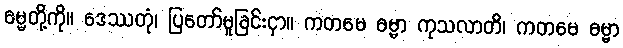
ဓမ္မတို့ကို။ ဒေဿတုံ၊ ပြတော်မူခြင်းငှာ။ ကတမေ ဓမ္မာ ကုသလာတိ၊ ကတမေ ဓမ္မာ